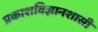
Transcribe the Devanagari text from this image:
प्रकाशविज्ञानशास्री